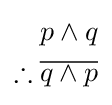
{\begin{aligned}p\wedge q\\\therefore {\overline {q\wedge p}}\\\end{aligned}}